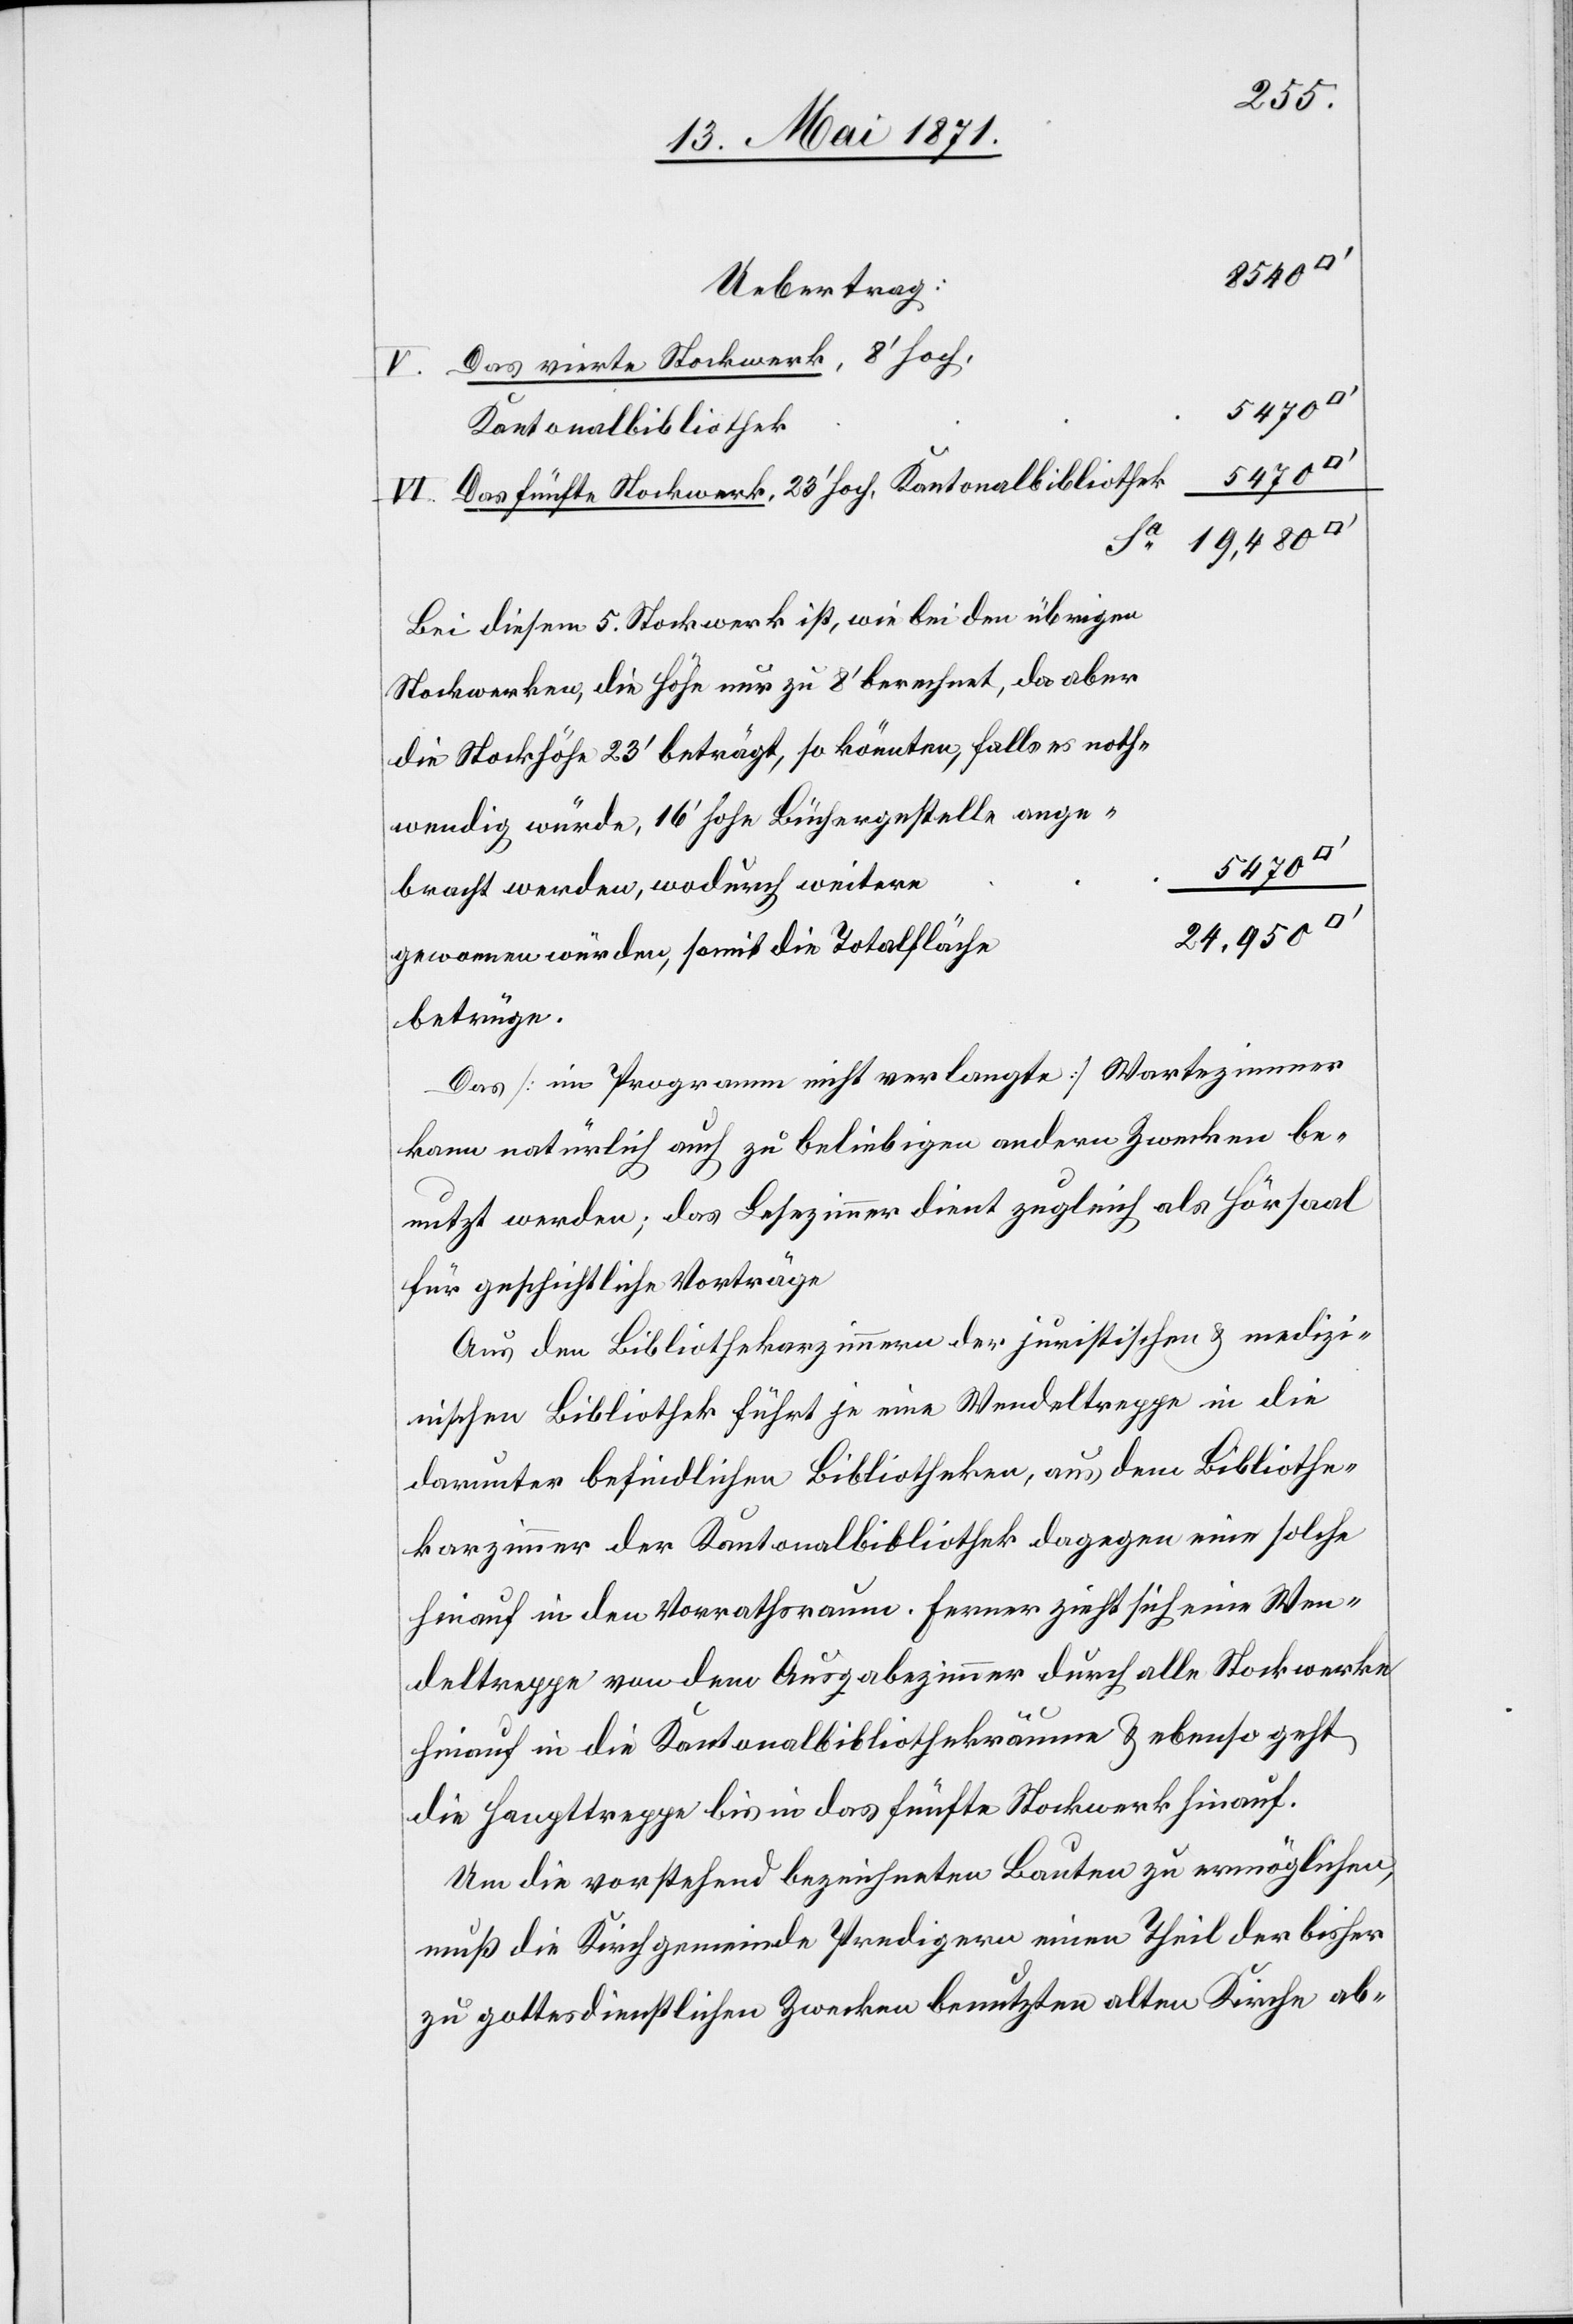
Das vierte Stockwerk, 8’hoch,
5470
Kantonalbibliothek
5470
Das fünfte Stockwerk, 23’hoch, Kantonalbibliothek
19,480
Sa
Bei diesem 5. Stockwerk ist, wie bei den übrigen
Stockwerken, die Höhe nur zu 8’berechnet, da aber
die Stockhöhe 23’beträgt, so könnten, falls es noth¬
wendig würde, 16’hohe Büchergestelle ange¬
bracht werden, wodurch weitere
24,950
gewonnen würden, somit die Totalfläche
betrüge.
Das [im Programm nicht verlangte] Wartezimmer
kann natürlich auch zu beliebigen andern Zwecken be¬
nutzt werden; das Lesezimmer dient zugleich als Hörsaal
für geschichtliche Vorträge
Aus den Bibliothekarzimmer der juristischen u. medizi¬
nischen Bibliothek führt je eine Wendeltreppe in die
darunter befindlichen Bibliotheken, aus dem Bibliothe¬
karzimmer der Kantonalbibliothek dagegen eine solche
hinauf in den Vorrathsraum. Ferner zieht sich eine Wen¬
deltreppe von dem Ausgabezimmer durch alle Stockwerke
hinauf in die Kantonalbibliothekräume u. ebenso geht
die Haupttreppe bis in das fünfte Stockwerk hinauf.
Um die vorstehend bezeichneten Bauten zu ermöglichen,
muß die Kirchgemeinde Predigern einen Theil der bisher
zu gottesdienstlichen Zwecken benutzten alten Kirche ab-